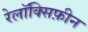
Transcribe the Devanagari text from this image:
रेलॉक्सिफ़ीन